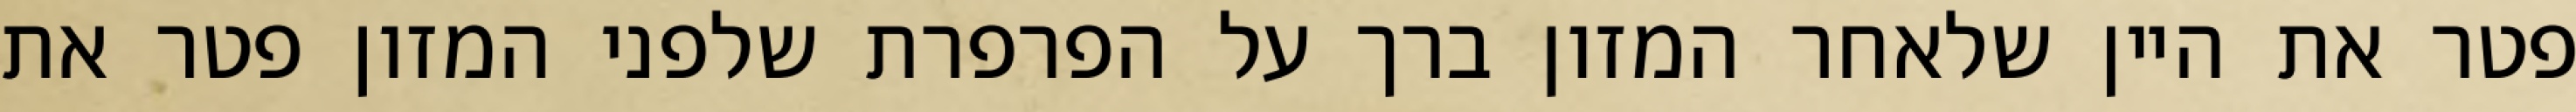
פטר את היין שלאחר המזון ברך על הפרפרת שלפני המזון פטר את